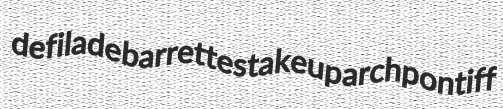
defilade barrettes takeup archpontiff